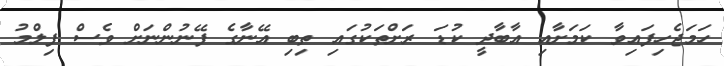
ހަމަޖެހިފައިވާ ކަމަށާއި އާބާދީ ކުޑަ ރަށްތަކުގައި ތިބި އޭނާގެ ފޭނުންނަށް ވެސް ފިލްމު